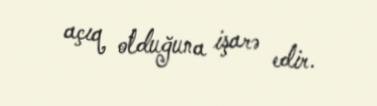
açıq olduğuna işarə edir.